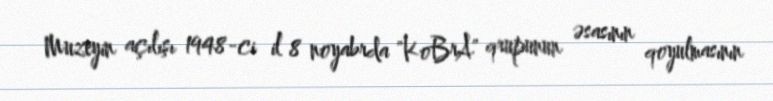
Muzeyin açılışı 1948-ci il 8 noyabrda "KoBrA" qrupunun əsasının qoyulmasının